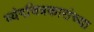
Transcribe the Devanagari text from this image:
व्यंगचित्रकारांच्या